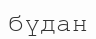
бүдан